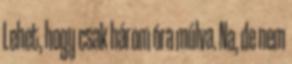
Lehet, hogy csak három óra múlva. Na, de nem